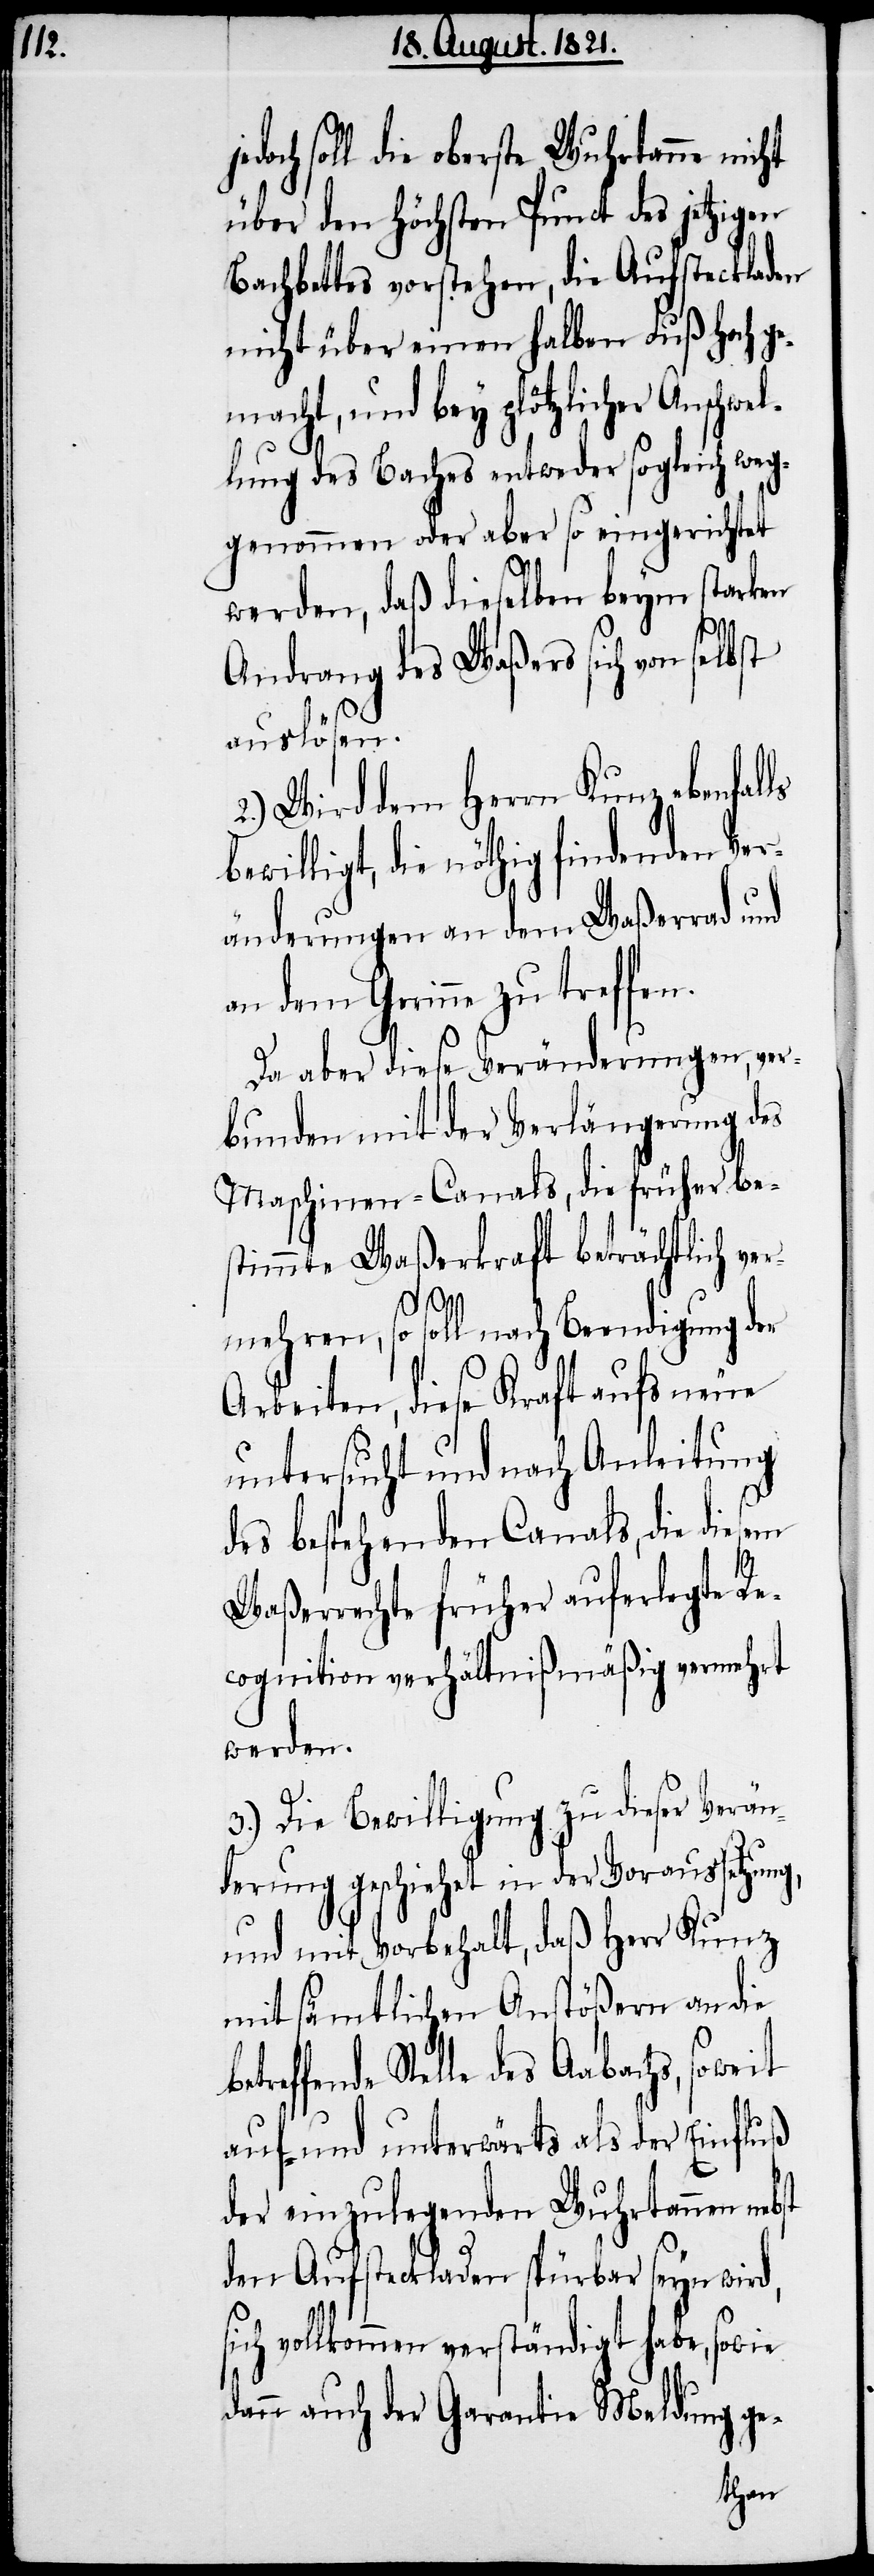
betr¬

doch soll die oberste Wuhrtanne nicht
über den höchsten Punct des jetzigen
Bachbetts vorstehen, die Aufsteckladen
nicht über einen halben Fuß hoch ge¬
macht, und bey plötzlicher Anschwel¬
lung des Baches entweder sogleich weg¬
genommen oder aber so eingerichtet
werden, daß dieselben beym starken
Andrang des Waßers sich von selbst
auslösen.
2.) Wird dem Herrn Kunz ebenfal¬
bewilligt, die nöthig findenden Ver¬
änderungen an dem Waßerrad und
an dem Gerinn zu treffen.
Da aber diese Veränderung, ver¬
bunden mit der Verlängerung des
Maschinen-Canals, die früher be¬
stimmte Waßerkraft beträchtlich ver¬
s¬
mehren, so soll nach Beendigung der
Arbeiten, diese Kraft aufs neue
untersucht und nach Anleitung
des bestehenden Canals, die diesem
Waßerrechte früher auferlegte Re¬
cognition verhältnißmäßig vermehrt
werden.
3.) Die Bewilligung zu dieser Verän¬
derung geschieht in der Voraussetzung,
und mit Vorbehalt, daß Herr Kunz
mit sämtlichen Anstößern an die
effende Stelle des Aabachs, soweit
auf- und unterwärts als der Einfluß
der einzulegenden Wuhrtannen
den Aufsteckladen spürbar seyn wird,
ich vollkommen verständigt habe, sowie
dann auch der Garantie Meldung ge-